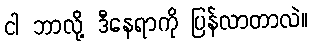
ငါ ဘာလို့ ဒီနေရာကို ပြန်လာတာလဲ။